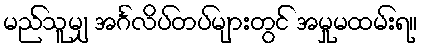
မည်သူမျှ အင်္ဂလိပ်တပ်များတွင် အမှုမထမ်းရ။